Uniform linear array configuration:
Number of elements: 48
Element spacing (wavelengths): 0.5
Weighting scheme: blackman
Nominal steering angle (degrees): -15
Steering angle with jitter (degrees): -14.772
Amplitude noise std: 0.05
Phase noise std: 0.05

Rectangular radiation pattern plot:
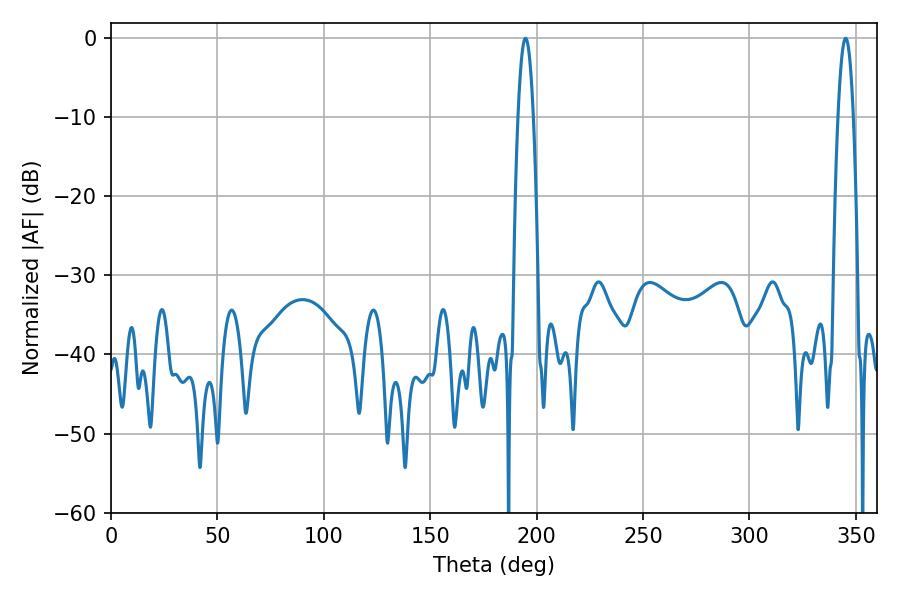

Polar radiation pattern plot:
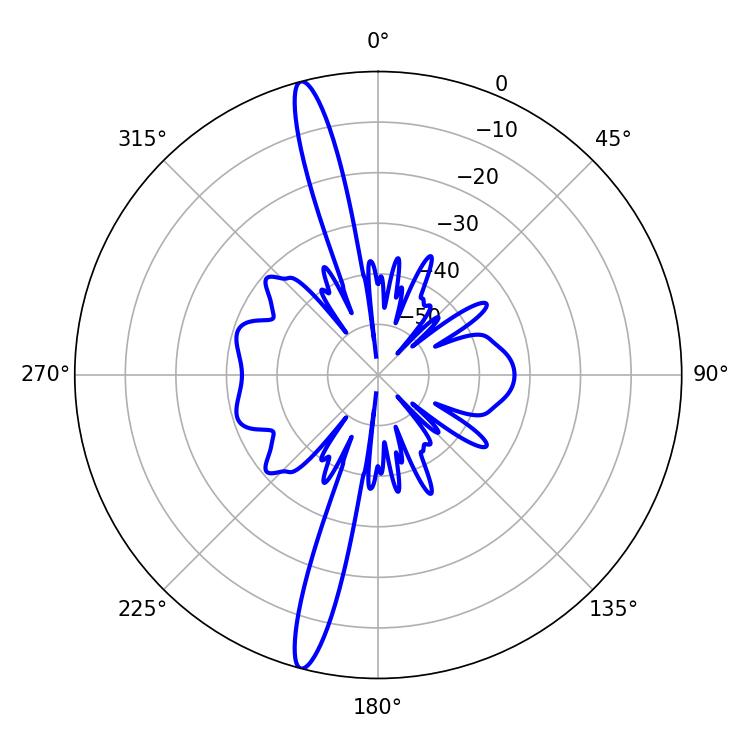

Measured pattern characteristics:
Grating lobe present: FALSE
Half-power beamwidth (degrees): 3.96
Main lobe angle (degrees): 194.76